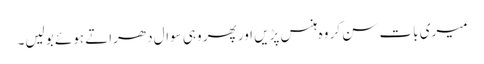
میری بات سن کر وہ ہنس پڑیں اور پھر وہی سوال دھراتے ہوئے بولیں۔